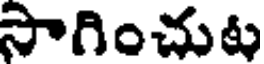
సాగించుట